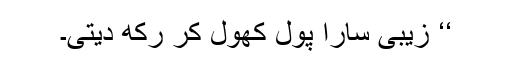
‘‘ زیبی سارا پول کھول کر رکھ دیتی۔